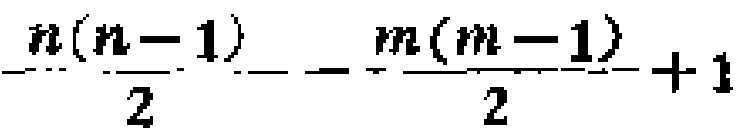
$\frac{n(n - 1)}{2} - \frac{m(m - 1)}{2}+1$